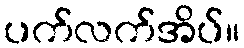
ပက်လက်အိပ်။